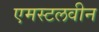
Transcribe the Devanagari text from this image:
एमस्टलवीन